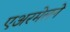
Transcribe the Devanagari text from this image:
एअरमेलने